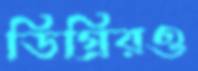
ডিগ্রিরও